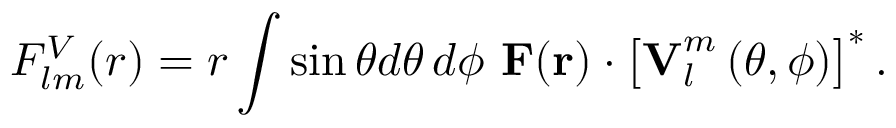
F _ { l m } ^ { V } ( r ) = r \int \sin \theta d \theta \, d \phi ~ \boldsymbol { \mathbf { F } } ( \boldsymbol { \mathbf { r } } ) \cdot \left[ \boldsymbol { \mathbf { V } } _ { l } ^ { m } \left( \theta , \phi \right) \right] ^ { * } .